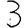
Digit: 3